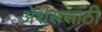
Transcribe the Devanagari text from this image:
ॲशेससाठी